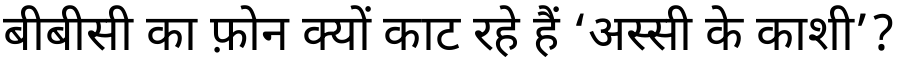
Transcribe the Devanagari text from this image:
बीबीसी का फ़ोन क्यों काट रहे हैं ‘अस्सी के काशी’?